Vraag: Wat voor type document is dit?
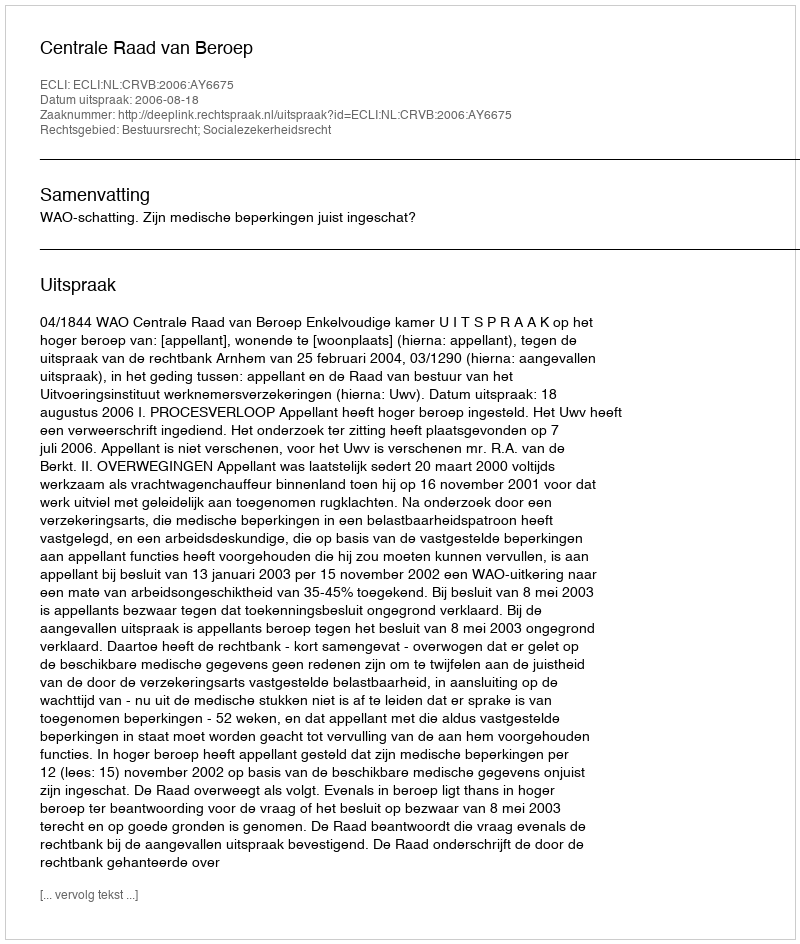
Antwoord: Uitspraak